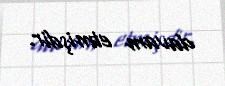
davam etmişdir.